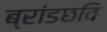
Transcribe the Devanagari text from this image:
ब्रांडछवि